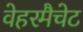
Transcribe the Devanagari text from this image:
वेहरमैचेट